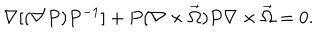
LaTeX: \nabla [ ( \nabla P ) P ^ { - 1 } ] + P ( \nabla \times \vec { \Omega } ) P \nabla \times \vec { \Omega } = 0 .